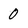
Character: 0